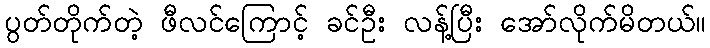
ပွတ်တိုက်တဲ့ ဖီလင်ကြောင့် ခင်ဦး လန့်ပြီး အော်လိုက်မိတယ်။